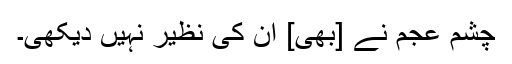
چشمِ عجم نے [بھی] اُن کی نظیر نہیں دیکھی۔